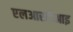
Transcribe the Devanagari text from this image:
एलआरटीआइ